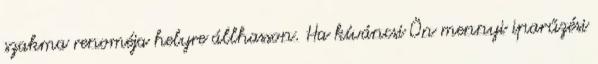
szakma renoméja helyre állhasson. Ha kíváncsi Ön mennyi iparűzési